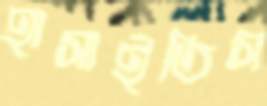
হাসাইতিস